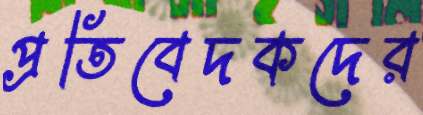
প্রতিবেদকদের